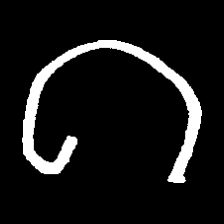
Pyu character \u2014 Myanmar letter: ဂ (romanized: ga)